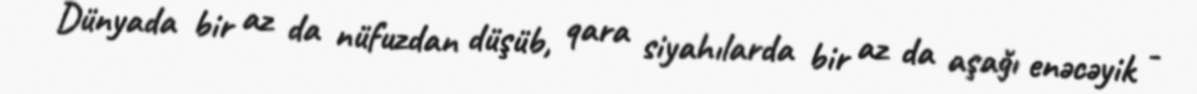
Dünyada bir az da nüfuzdan düşüb, qara siyahılarda bir az da aşağı enəcəyik -